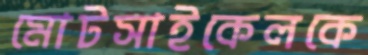
মোটসাইকেলকে